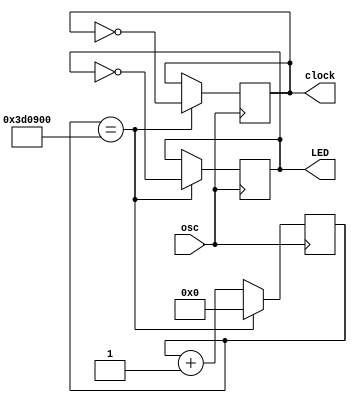
module slow_clock(osc, clock, LED);

input osc;
output reg clock, LED;
reg [31:0] keep;

always@(posedge osc)
begin

if (keep==32'd4000000)
begin
clock=!clock;
LED=!LED;
keep=32'b0;
end

else
begin
keep=keep+1;
end

end

endmodule